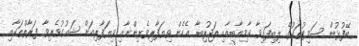
ބޭފުޅުން ސަމިޓުތަކުގެ ލިބިފައިވާ ކާމިޔާބީއާއި ތަޖުރިބާ އެހެން ވިޔަފާރިވެރިންނާއި ވިޔަފާރިއަށް ޝައުގުވެރިވާ ފަރާތްތަކާއި